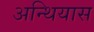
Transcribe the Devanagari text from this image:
अन्थियास